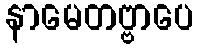
နာမေတဗ္ဗာပေ